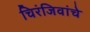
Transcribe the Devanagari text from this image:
चिरंजिवांचे